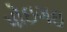
પોઇગઇ